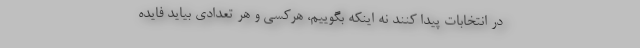
در انتخابات پیدا کنند نه اینکه بگوییم، هرکسی و هر تعدادی بیاید فایده